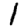
Digit: 1